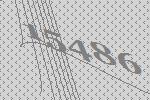
15486